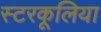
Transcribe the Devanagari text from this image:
स्टरकूलिया